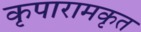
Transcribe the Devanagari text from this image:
कृपारामकृत